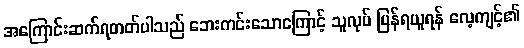
အကြောင်းဆက်ရတတ်ပါသည် ဘေးကင်းသောကြောင့် သူလုပ် ပြန်ရယူရန် လေ့ကျင့်၏